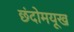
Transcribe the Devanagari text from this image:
छंदोमयूख